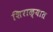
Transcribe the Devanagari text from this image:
शिराळ्यात